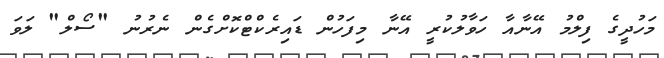
މަހުދީގެ ފިލްމު އޭނާއާ ހަވާލުކުރީ އޭނާ މިފަހުން ޑައިރެކްޓްކޮށްގެން ނެރުނު "ސޯލް" ލަވަ